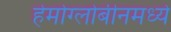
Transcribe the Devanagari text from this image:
हेमोग्लोबीनमध्ये